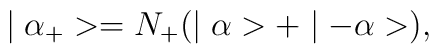
\mid \alpha_{+}>=N_{+}(\mid \alpha>+\mid -\alpha>),